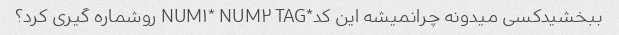
ببخشیدکسی میدونه چرانمیشه این کد*NUM۱* NUM۲ TAG روشماره گیری کرد؟